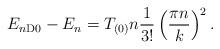
LaTeX: \begin{align*}E_{n {\rm D0}} - E_n = T_{(0)} n{1\over 3!} \left({\pi n\over k}\right)^2.\end{align*}